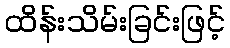
ထိန်းသိမ်းခြင်းဖြင့်